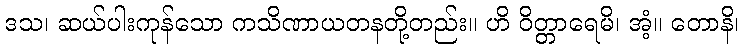
ဒသ၊ ဆယ်ပါးကုန်သော ကသိဏာယတနတို့တည်း။ ဟိ ဝိတ္တာရေမိ၊ အံ့။ တောနိ၊